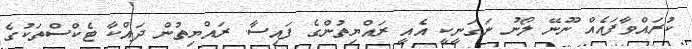
ކުރައްވާފައެއް ނޫނޭ ލޯނު ނަގަނީކީ އެއީ ރައްޔިތުންގެ ފައިސާ. ރައްޔިތުން ދައްކާ ޓެކްސްތަކުގެ